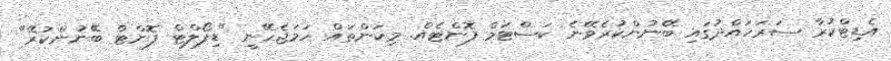
އެޑިޓްކުރާ ސަރަހައްދުގައި ބޭނުންކުރެވޭނެ ކަސްޓަމް ފޮންޓެއް. މިކަންތައް ހަމަޖެހޭނީ "ޑިފޯލްޓް ފޮންޓް ބޭނުންކުރޭ"